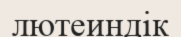
лютеиндік